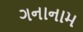
ગનાનામ